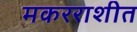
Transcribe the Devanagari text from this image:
मकरराशीत